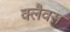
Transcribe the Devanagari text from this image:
क्लैवस